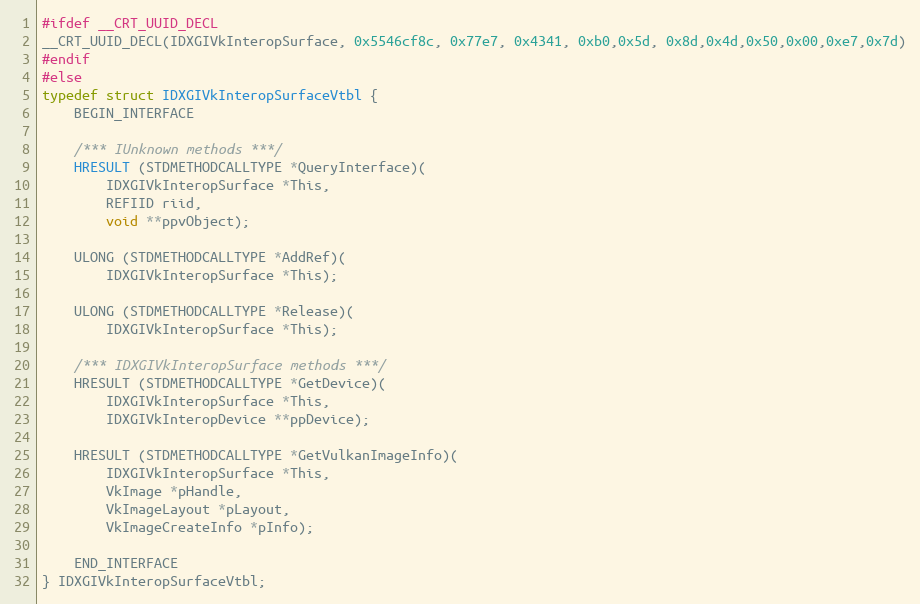
Language: C
#ifdef __CRT_UUID_DECL
__CRT_UUID_DECL(IDXGIVkInteropSurface, 0x5546cf8c, 0x77e7, 0x4341, 0xb0,0x5d, 0x8d,0x4d,0x50,0x00,0xe7,0x7d)
#endif
#else
typedef struct IDXGIVkInteropSurfaceVtbl {
    BEGIN_INTERFACE

    /*** IUnknown methods ***/
    HRESULT (STDMETHODCALLTYPE *QueryInterface)(
        IDXGIVkInteropSurface *This,
        REFIID riid,
        void **ppvObject);

    ULONG (STDMETHODCALLTYPE *AddRef)(
        IDXGIVkInteropSurface *This);

    ULONG (STDMETHODCALLTYPE *Release)(
        IDXGIVkInteropSurface *This);

    /*** IDXGIVkInteropSurface methods ***/
    HRESULT (STDMETHODCALLTYPE *GetDevice)(
        IDXGIVkInteropSurface *This,
        IDXGIVkInteropDevice **ppDevice);

    HRESULT (STDMETHODCALLTYPE *GetVulkanImageInfo)(
        IDXGIVkInteropSurface *This,
        VkImage *pHandle,
        VkImageLayout *pLayout,
        VkImageCreateInfo *pInfo);

    END_INTERFACE
} IDXGIVkInteropSurfaceVtbl;